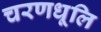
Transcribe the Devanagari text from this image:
चरणधूलि